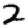
Digit: 2